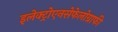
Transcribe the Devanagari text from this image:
इलेक्ट्रोएनसेफेलोग्राफी